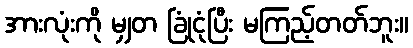
အားလုံးကို မျှတ ခြုံငုံပြီး မကြည့်တတ်ဘူး။